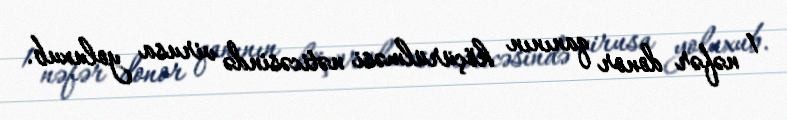
1 nəfər donor qanının köçürülməsi nəticəsində virusa yoluxub.